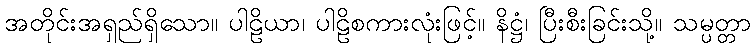
အတိုင်းအရှည်ရှိသော။ ပါဠိယာ၊ ပါဠိစကားလုံးဖြင့်။ နိဋ္ဌံ၊ ပြီးစီးခြင်းသို့။ သမ္ပတ္တာ